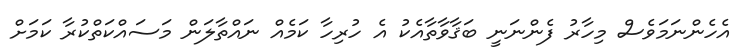
އެހެންނަމަވެސް މިހާރު ފެންނަނީ ބަޤާވާތާއެކު އެ ހުރިހާ ކަމެއް ނައްތާލަން މަސައްކަތްކުރާ ކަމަށް